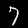
Label: 7